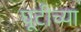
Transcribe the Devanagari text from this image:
घूटीच्या